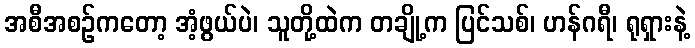
အစီအစဉ်ကတော့ အံ့ဖွယ်ပဲ၊ သူတို့ထဲက တချို့က ပြင်သစ်၊ ဟန်ဂရီ၊ ရုရှားနဲ့